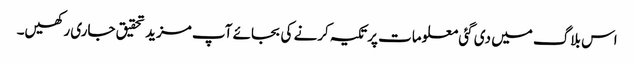
اس بلاگ میں دی گئی معلومات پر تکیہ کرنے کی بجائے آپ مزید تحقیق جاری رکھیں۔